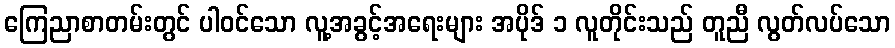
ကြေညာစာတမ်းတွင် ပါဝင်သော လူ့အခွင့်အရေးများ အပိုဒ် ၁ လူတိုင်းသည် တူညီ လွတ်လပ်သော